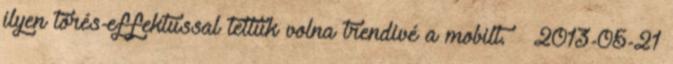
ilyen törés-effektussal tettük volna trendivé a mobilt. – 2013-05-21